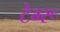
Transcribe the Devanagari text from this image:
टेम्‍रू